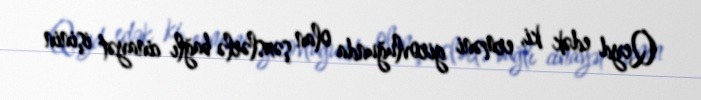
Qeyd edək ki, erməni girovluğunda olan şəxslərlə bağlı cinayət işinin